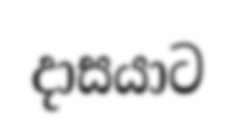
දාසයාට